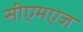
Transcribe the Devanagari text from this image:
सीएमएज